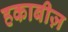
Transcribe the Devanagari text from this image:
हकाबीज़